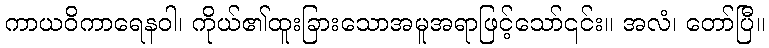
ကာယဝိကာရေနဝါ၊ ကိုယ်၏ထူးခြားသောအမူအရာဖြင့်သော်၎င်း။ အလံ၊ တော်ပြီ။